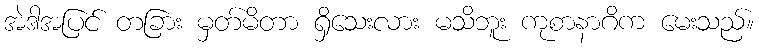
အဲဒါအပြင် တခြား မှတ်မိတာ ရှိသေးလား မသိဘူး ကုစာနာဂိက မေးသည်။